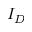
I _ { D }